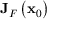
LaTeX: \mathbf { J } _ { F } \left( \mathbf { x } _ { 0 } \right)